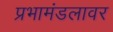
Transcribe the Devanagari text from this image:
प्रभामंडलावर